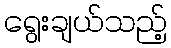
ရွေးချယ်သည့်